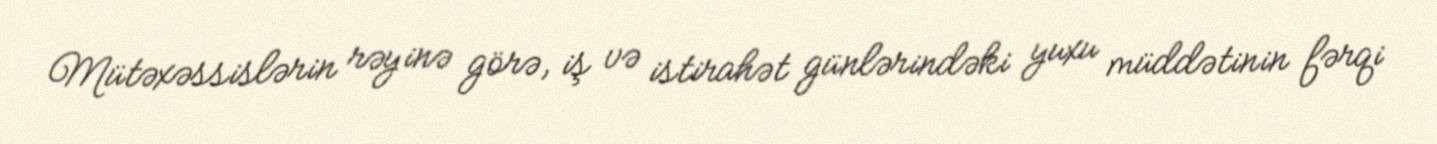
Mütəxəssislərin rəyinə görə, iş və istirahət günlərindəki yuxu müddətinin fərqi